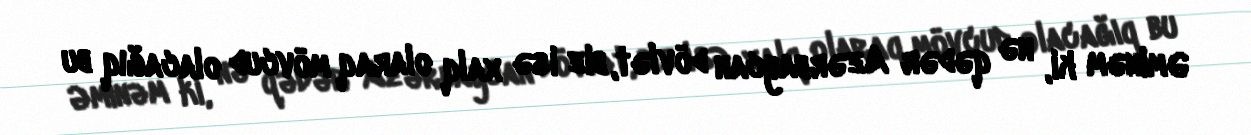
Əminəm ki, nə qədər Azərbaycan dövlət, biz isə xalq olaraq mövcud olacağıq bu